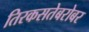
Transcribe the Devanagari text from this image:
तिरकसतेबरोबर